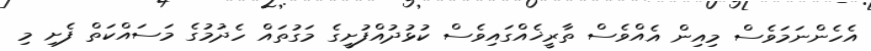
އެހެންނަމަވެސް މިއިން އެއްވެސް ތާރީޚެއްގައިވެސް ކުޅުދުއްފުށީގެ މަގުތައް ހެދުމުގެ މަސައްކަތް ފެށި މި